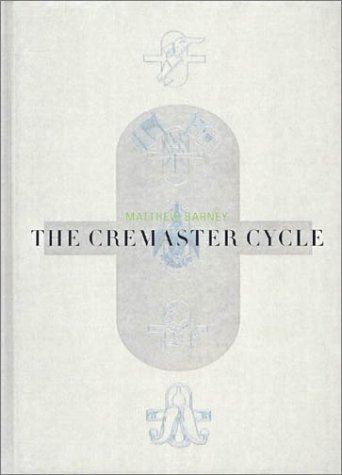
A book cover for Matthew Barney: The Cremaster Cycle; Nancy Spector; Arts & Photography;